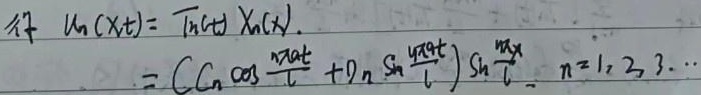
令
\[\begin{align*}
u_n(x,t)&=T_n(t)X_n(x)\\
&=(C_n\cos\frac{n\pi a t}{l}+D_n\sin\frac{n\pi a t}{l})\sin\frac{n\pi x}{l},n = 1,2,3,\cdots
\end{align*}\]